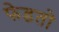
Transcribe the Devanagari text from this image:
फेडतो